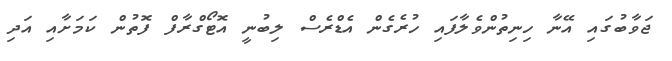
ޖަވާބުގައި އޭނާ ހިނިތުންވެލާފައި ހުރެގެން އެޑްރެސް ލިބުނީ އޮޓޯގްރާފް ފޮތުން ކަމަށާއި އަދި